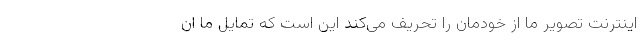
اینترنت تصویر ما از خودمان را تحریف می‌کند این است که تمایل ما ان